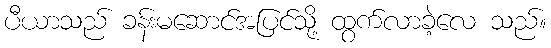
ပီယာသည် ခန်းမဆောင်အပြင်သို့ ထွက်လာခဲ့လေ သည်။